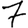
Digit: 7